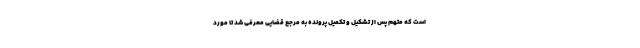
است که متهم پس از تشکیل و تکمیل پرونده به مرجع قضایی معرفی شد تا مورد